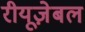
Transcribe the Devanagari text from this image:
रीयूज़ेबल